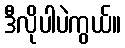
ဒီလိုပါပဲကွယ်။